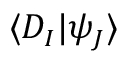
\langle D _ { I } | \psi _ { J } \rangle